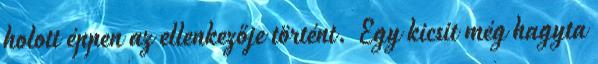
holott éppen az ellenkezője történt. Egy kicsit még hagyta